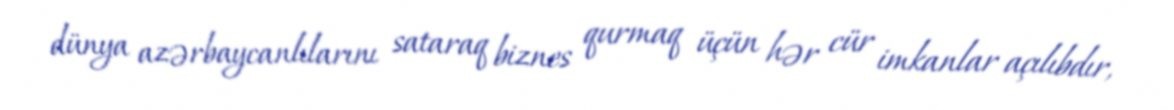
dünya azərbaycanlılarını sataraq biznes qurmaq üçün hər cür imkanlar açılıbdır,